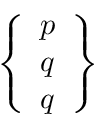
\left\{ { \begin{array} { l } { p } \\ { q } \\ { q } \end{array} } \right\}